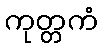
ကုတ္တကံ